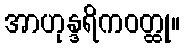
အာဟုန္ဒရိကဝတ္ထု။